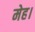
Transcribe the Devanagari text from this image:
मेह।